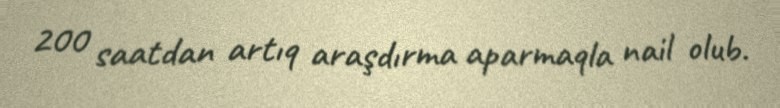
200 saatdan artıq araşdırma aparmaqla nail olub.